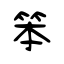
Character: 笨